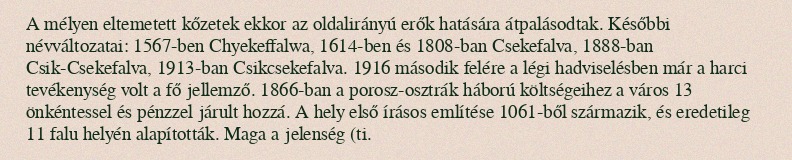
A mélyen eltemetett kőzetek ekkor az oldalirányú erők hatására átpalásodtak. Későbbi névváltozatai: 1567-ben Chyekeffalwa, 1614-ben és 1808-ban Csekefalva, 1888-ban Csik-Csekefalva, 1913-ban Csikcsekefalva. 1916 második felére a légi hadviselésben már a harci tevékenység volt a fő jellemző. 1866-ban a porosz-osztrák háború költségeihez a város 13 önkéntessel és pénzzel járult hozzá. A hely első írásos említése 1061-ből származik, és eredetileg 11 falu helyén alapították. Maga a jelenség (ti.